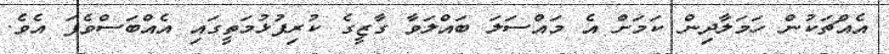
އެއްޗަކުން ހަމަލާދިން ކަމަށް އެ މައްސަލަ ބައްލަވާ ގާޒީގެ ކުރިފުޅުމަތީގައި އެއްބަސްވެފަ އެވެ.